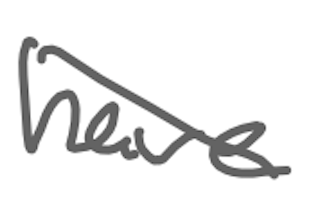
Text: have
Cross-out: diagonal
Writing tool: digital_gray